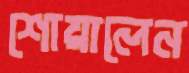
শোয়ালেন